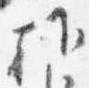
朝